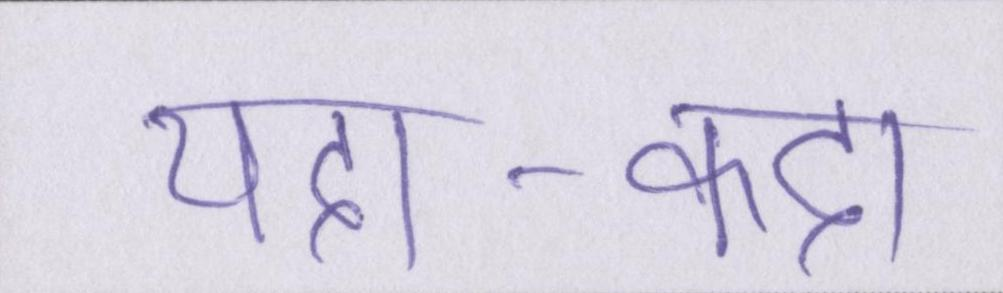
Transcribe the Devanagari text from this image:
यदा-कदा